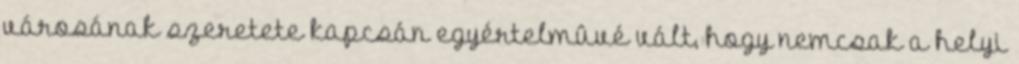
városának szeretete kapcsán egyértelmûvé vált, hogy nemcsak a helyi